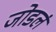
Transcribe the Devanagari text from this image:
जोडलं